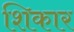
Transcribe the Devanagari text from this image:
शिकार